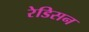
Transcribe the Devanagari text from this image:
रेडिसन